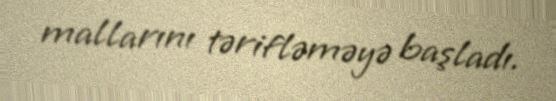
mallarını tərifləməyə başladı.